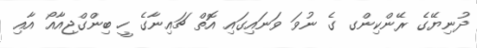
ދުނިޔޭގެ ރޭންކިންގ ގެ ނުވަ ވަނައިގައި އޮތް ޗައިނާގެ ހީ ބިންގްޖިއާއޯ އާއި